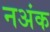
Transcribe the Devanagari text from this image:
नअंक